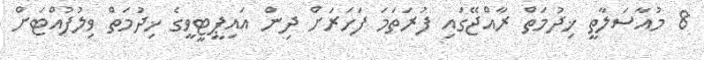
8 މުއާސަލާތީ ޚިދުމަތް ރާއްޖޭގައި ފުރަތަމަ ފަހަރަށް ދިން އައިޕީޓީވީގެ ޚިދުމަތް ވިލުފުއްޓަށް